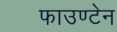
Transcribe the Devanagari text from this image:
फाउण्टेन